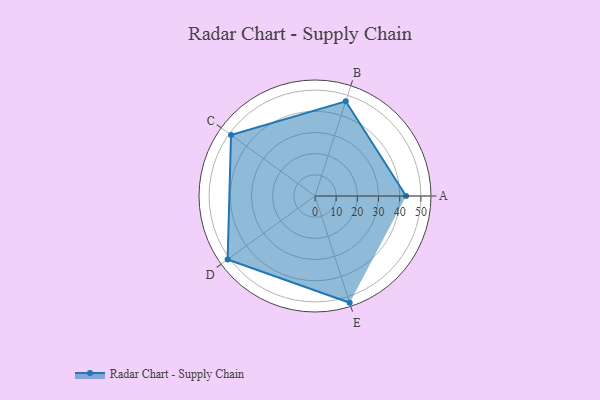
{"axis": {"x": "Skill", "y": "Score"}, "legend": ["Profile"], "data": [{"x": "A", "y": 43.0, "type": "Profile"}, {"x": "B", "y": 47.0, "type": "Profile"}, {"x": "C", "y": 49.0, "type": "Profile"}, {"x": "D", "y": 51.0, "type": "Profile"}, {"x": "E", "y": 53.0, "type": "Profile"}]}